Vaccination in the Punjab 1883-1896 - 1883-1896
Year: 1883
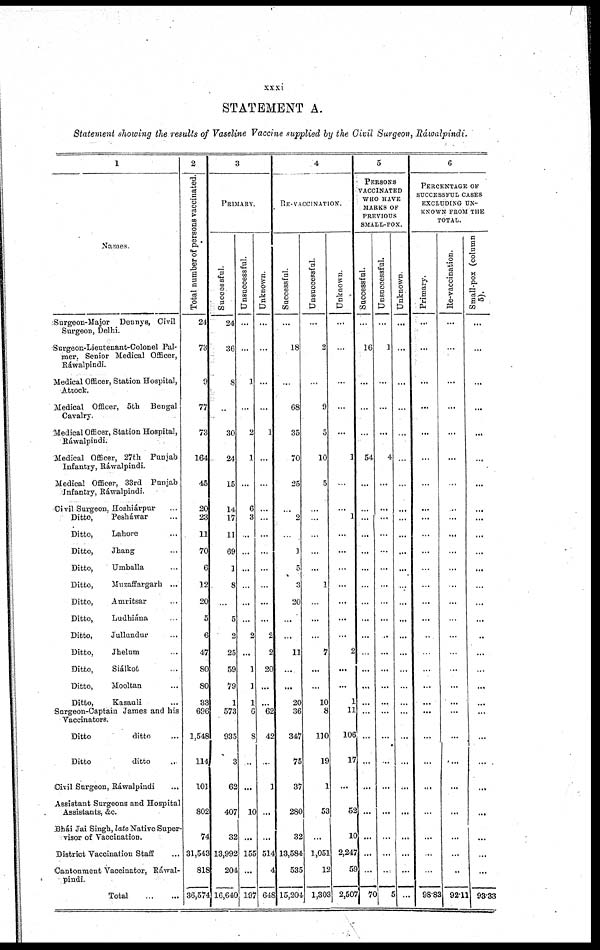
xxxi
STATEMENT A.
Statement showing the results of Vaseline Vaccine supplied by the Civil Surgeon, Ráwalpindi.
1
Names.
Surgeon-Major Dennys, Civil
Surgeon, Delhi.
Surgeon-Lieutenant-Colonel Pal-
mer, Senior Medical Officer,
Ráwalpindi.
Medical Officer, Station Hospital,
Attock.
Medical Officer, 5th Bengal
Cavalry.
Medical Officer, Station Hospital,
Ráwalpindi.
Medical Officer, 27th Punjab
Infantry, Ráwalpindi.
Medical Officer, 33rd Punjab
Infantry, Ráwalpindi.
Civil Surgeon, Hoshiárpur ...
Ditto,
Pesháwar ...
Ditto,
Lahore ...
Ditto,
Jhang ...
Ditto,
Umballa ...
Ditto,
Muzaffargarh ...
Ditto,
Amritsar ...
Ditto,
Ludhiána ...
Ditto,
Jullundur ...
Ditto,
Jhelum ...
Ditto, Siálkot ...
Ditto,
Mooltan ...
Ditto, Kasauli ...
Surgeon-Captain James and his
Vaccinators.
Ditto
ditto ...
Ditto
ditto ...
Civil Surgeon, Ráwalpindi ...
Assistant Surgeons and Hospital
Assistants, &c.
Bhái Jai Singh, late Native Super-
visor of Vaccination.
District Vaccination Staff ...
Cantonment Vaccinator, Ráwal-
pindi.
Total
...
...
2
Total number of persons vaccinated.
24
73
9
77
73
164
45
20
23
11
70
6
12
20
5
6
47
80
80
33
696
1,548
114
101
802
74
31,543
818
36,574
3
PRIMARY.
Successful.
24
36
8
...
30
24
15
14
17
11
69
1
8
...
5
2
25
59
79
1
573
935
3
62
407
32
13,992
204
16,640
Unsuccessful.
...
...
1
...
2
1
...
6 3
...
...
...
...
...
...
2
...
1
1
1 6
8
...
...
10
...
155
...
197
Unknown.
...
...
...
...
1
...
...
...
...
...
...
...
...
...
...
2
2
20
...
...
62
42
...
1
...
...
514
4
648
4
RE-VACCINATION.
Successful.
...
18
...
68
35
70
25
...
2
...
1
5
3
20
...
...
11
...
...
20
36
347
75
37
280
32
13,584
535
15,204
Unsuccessful.
...
2
...
9
5
10
5
...
...
...
...
...
1
...
...
...
7
...
...
10
8
110
19
1
53
...
1,051
12
1,303
Unknown.
...
...
...
...
...
1
...
...
1
...
...
...
...
...
...
...
2
...
...
1
11
106
17
...
52
10
2,247
59
2,507
5
PERSONS
VACCINATED
WHO HAVE
MARKS OF
PREVIOUS
SMALL-POX.
Successful.
...
16
...
...
...
54
...
...
...
...
...
...
...
...
...
...
...
...
...
...
...
...
...
...
...
...
...
...
70
Unsuccessful.
...
1
...
...
...
4
...
...
...
...
...
...
...
...
...
...
...
...
...
...
...
...
...
...
...
...
...
...
5
Unknown.
...
...
...
...
...
...
...
...
...
...
...
...
...
...
...
...
...
...
...
...
...
...
...
...
...
...
...
...
...
6
PERCENTAGE OF
SUCCESSFUL CASES
EXCLUDING UN-
KNOWN FROM THE
TOTAL.
Primary.
...
...
...
...
...
...
...
...
...
...
...
...
...
...
...
...
...
...
...
...
...
...
...
...
...
...
...
...
98.83
Re-vaccination.
...
...
...
...
...
...
...
...
...
...
...
...
...
...
...
...
...
...
...
...
...
...
...
...
...
...
...
...
92.11
Small-pox (column
5).
...
...
...
...
...
...
...
...
...
...
...
...
...
...
...
..
...
...
...
...
...
...
...
...
...
...
...
...
93.33